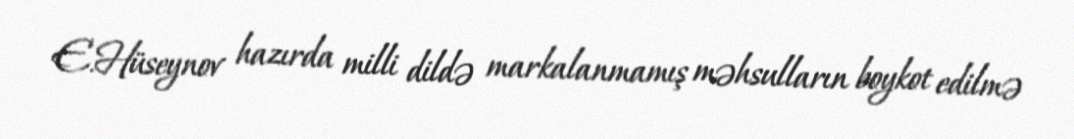
E.Hüseynov hazırda milli dildə markalanmamış məhsulların boykot edilmə